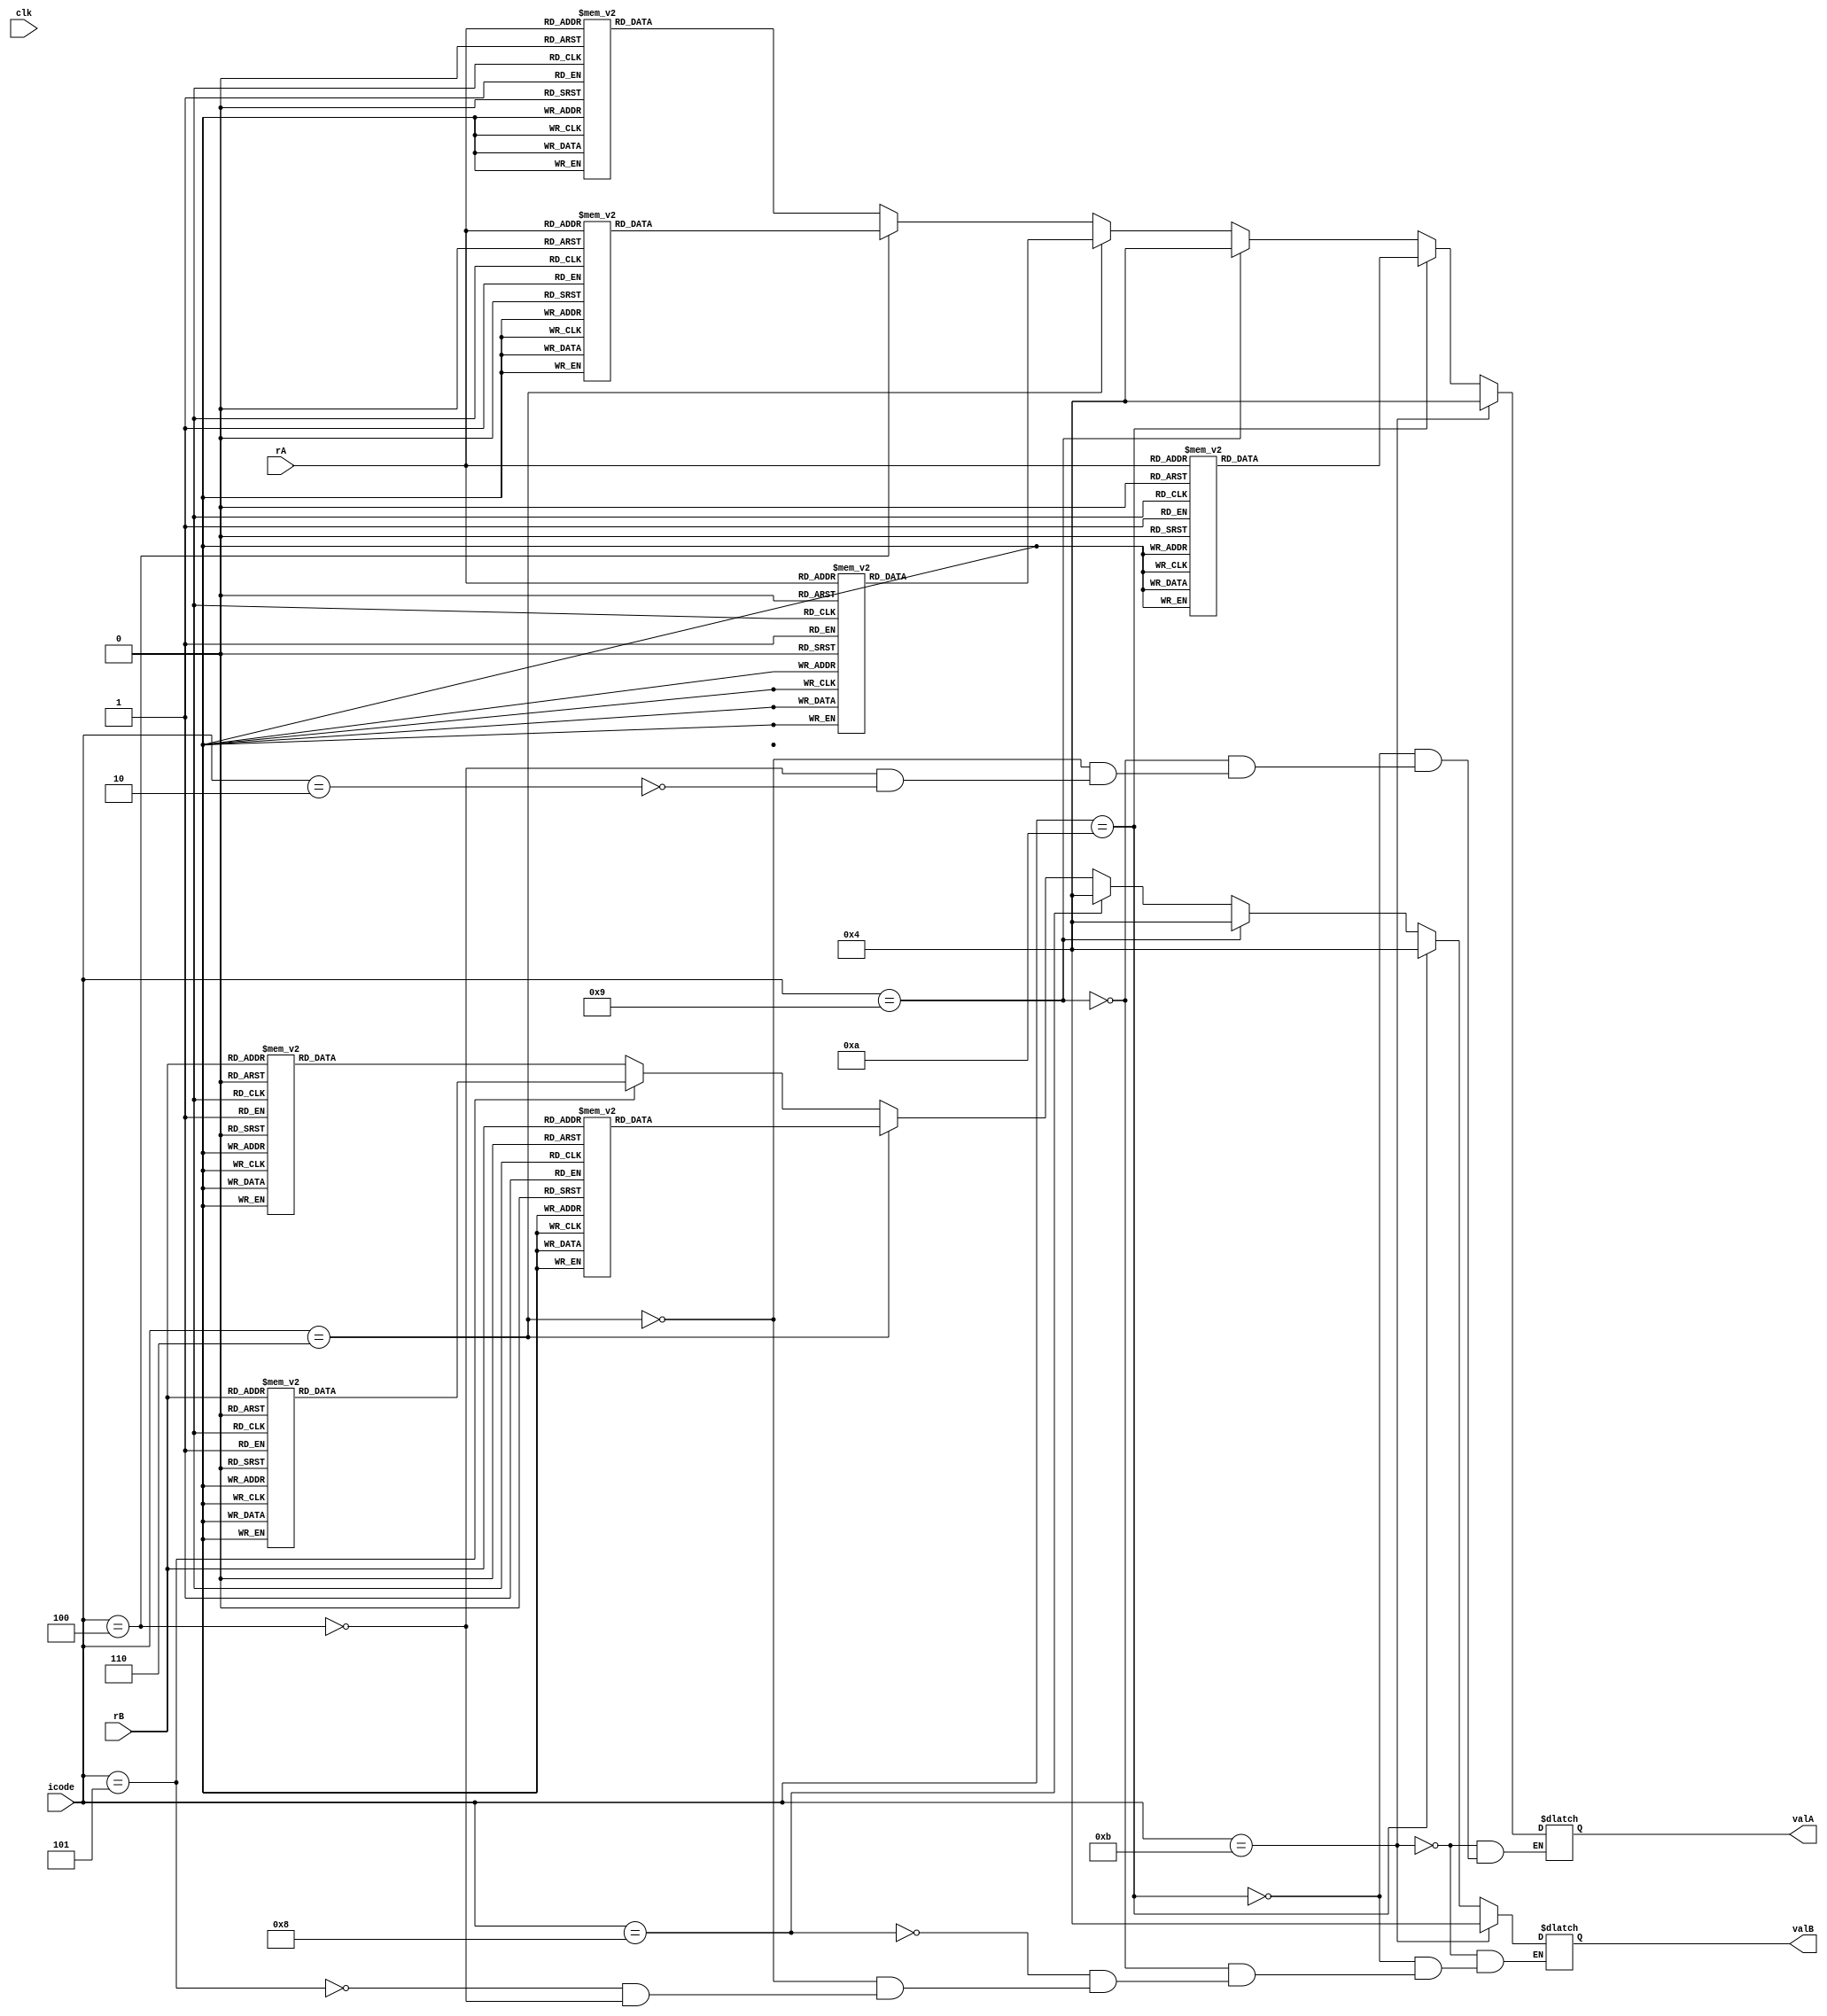
module decode (clk, icode, rA, rB, valA, valB);

input clk;
input [3:0] icode;
input [3:0] rA;
input [3:0] rB;

output reg [63:0] valA;
output reg [63:0] valB;

reg [63:0]memory [0:14];

always @(*)
begin
    memory[0] = 64'd0;
    memory[1] = 64'd1;
    memory[2] = 64'd2;
    memory[3] = 64'd3;
    memory[4] = 64'd4;
    memory[5] = 64'd5;
    memory[6] = 64'd6;
    memory[7] = 64'd7;
    memory[8] = 64'd8;
    memory[9] = 64'd9;
    memory[10] =64'd10;
    memory[11] =64'd11;
    memory[12] =64'd12;
    memory[13] =64'd13;
    memory[14] =64'd14;   

    // For nop and halt conditions there are no registers involved

    if(icode==4'b0010) //cmovxx
    begin
        valA=memory[rA];
    end
    if(icode==4'b0100) //rmmovq
    begin
        valA=memory[rA];
        valB=memory[rB];
    end
    if(icode==4'b0101) //mrmovq
    begin
        valB=memory[rB];
    end
    if(icode==4'b0110)  //opq
    begin
        valA=memory[rA];
        valB=memory[rB];
    end
    if(icode==4'b1000) //call
    begin
        // As we have to push address o fnext instruction onto stack
        valB=memory[4];
    end
    if(icode==4'b1001) //ret
    begin
        valA=memory[4];
        valB=memory[4];
    end
    if(icode==4'b1010) //pushq
    begin
        valA = memory[rA];
        valB = memory[4];
    end
    if(icode==4'b1011) //popq
    begin
        valA=memory[4];
        valB=memory[4];
    end


end


endmodule